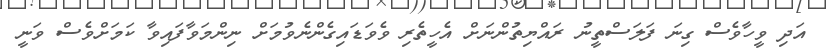
އަދި ވީހާވެސް ގިނަ ފަލަސްތީނު ރައްޔިތުންނަށް އެހީތެރި ވެވަޑައިގެންނެވުމަށް ނިންމަވާފައިވާ ކަމަށްވެސް ވަނީ